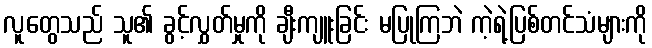
လူတွေသည် သူ၏ ခွင့်လွှတ်မှုကို ချီးကျူးခြင်း မပြုကြဘဲ ကဲ့ရဲ့ပြစ်တင်သံများကို